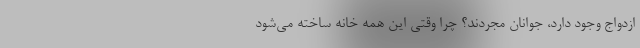
ازدواج وجود دارد، جوانان مجردند؟ چرا وقتی این همه خانه ساخته می‌شود